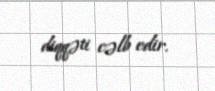
diqqəti cəlb edir.